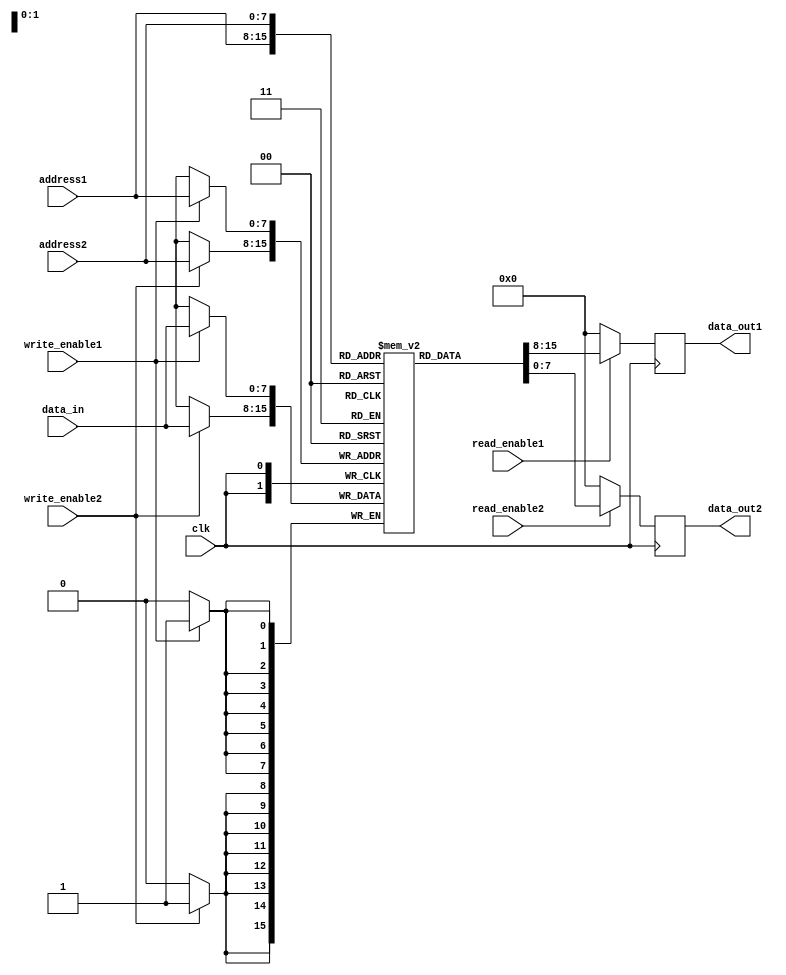
module dual_port_ram (
    input wire clk,
    input wire [7:0] data_in,
    input wire [7:0] address1,
    input wire [7:0] address2,
    input wire read_enable1,
    input wire read_enable2,
    input wire write_enable1,
    input wire write_enable2,
    output reg [7:0] data_out1,
    output reg [7:0] data_out2
);

reg [7:0] memory [0:255];

always @(posedge clk) begin
    if(write_enable1)
        memory[address1] <= data_in;
    
    if(write_enable2)
        memory[address2] <= data_in;
    
    data_out1 <= (read_enable1) ? memory[address1] : 8'b0;
    data_out2 <= (read_enable2) ? memory[address2] : 8'b0;
    
end

endmodule